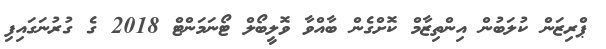
ޕްރިޒަން ކުލަބުން އިންތިޒާމް ކޮށްގެން ބާއްވާ ވޮލީބޯލް ޓޯނަމަންޓް 2018 ގެ ގުރުނަގައިފި